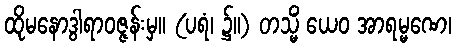
ထိုမနောဒွါရာဝဇ္ဇန်းမှ။ (ပရံ၊ ၌။) တသ္မိံ ယေဝ အာရမ္မဏေ၊